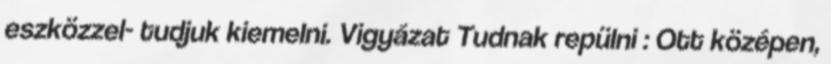
eszközzel- tudjuk kiemelni. Vigyázat Tudnak repülni : Ott középen,